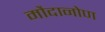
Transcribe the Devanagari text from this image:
मौदानोण